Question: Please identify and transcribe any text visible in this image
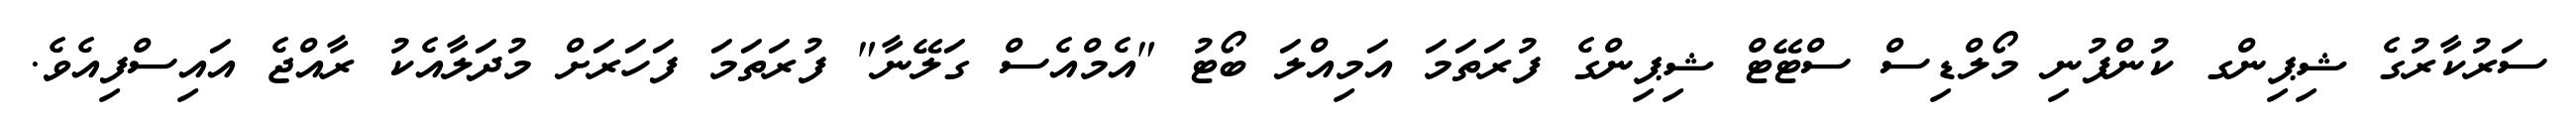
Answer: ސަރުކާރުގެ ޝިޕިންގ ކުންފުނި މޯލްޑިސް ސްޓޭޓް ޝިޕިންގެ ފުރަތަމަ އަމިއްލަ ބޯޓު "އެމްއެސް ގަލޭނާ" ފުރަތަމަ ފަހަރަށް މުދަލާއެކު ރާއްޖެ އައިސްފިއެވެ.